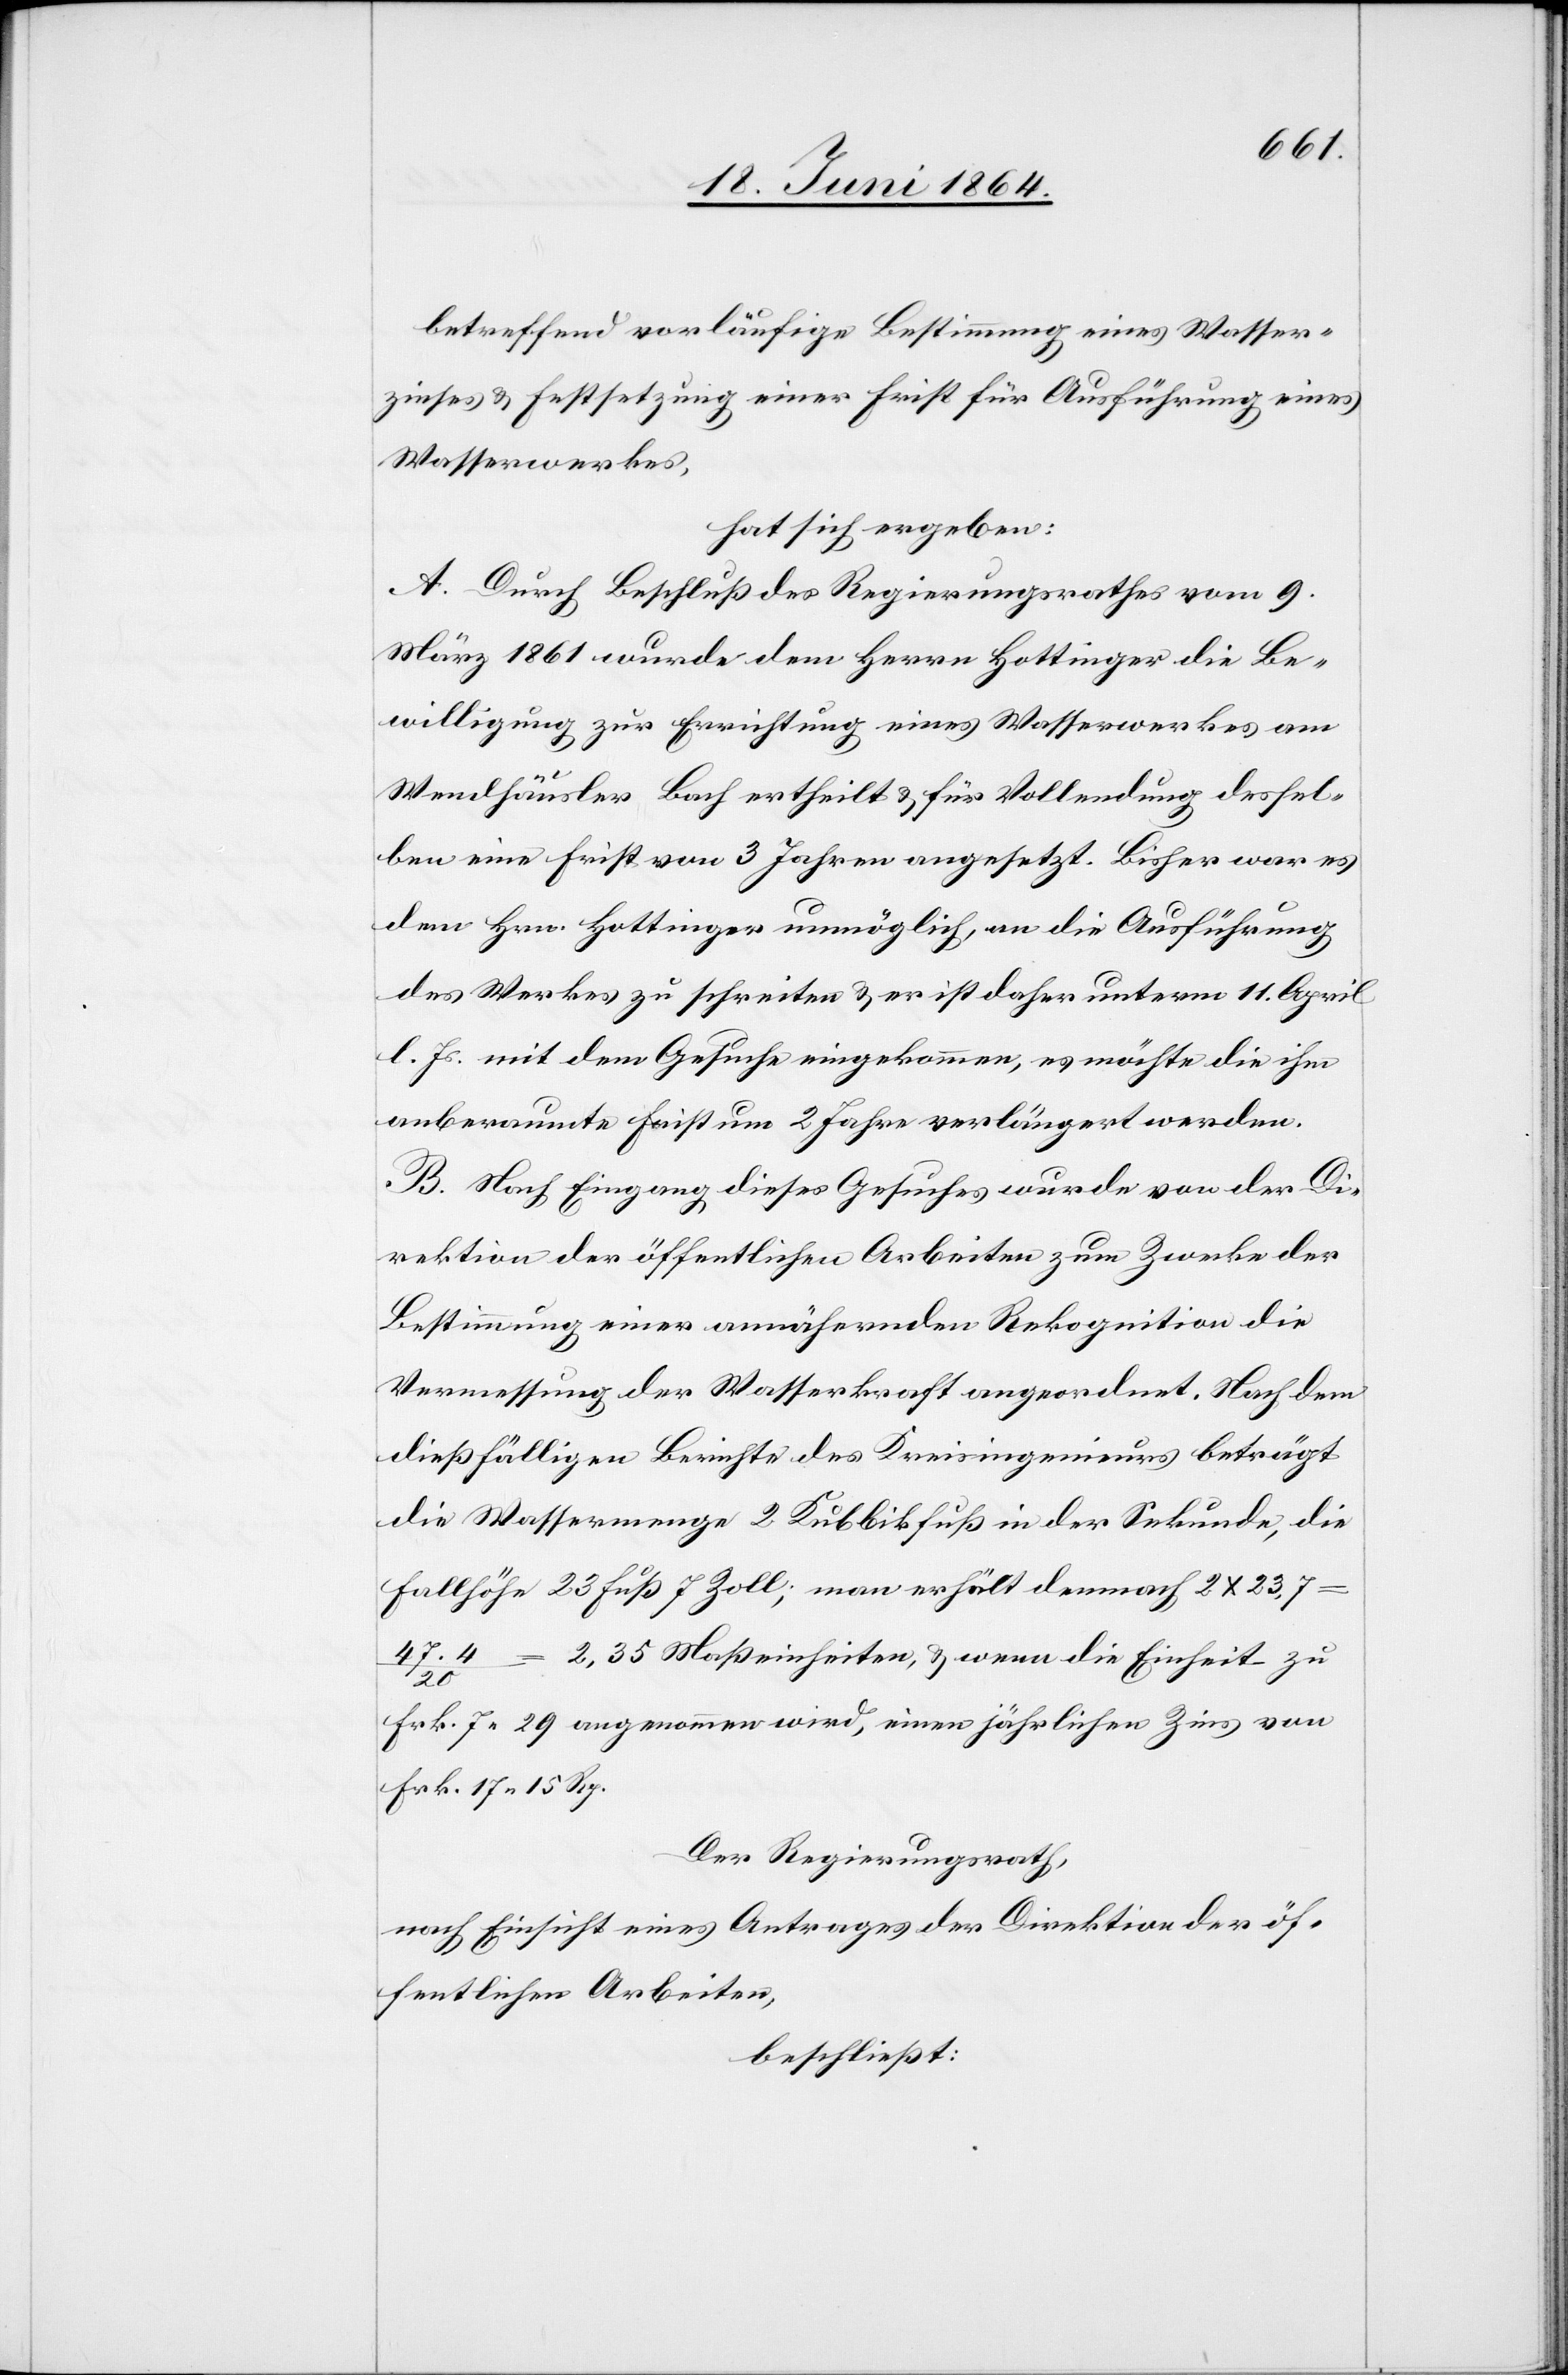
betreffend vorläufige Bestimmung eines Wasser¬
zinses u. Festsetzung einer Frist für Ausführung eines
Wasserwerkes,
hat sich ergeben:
A. Durch Beschluß des Regierungsrathes vom 9.
März 1861 wurde dem Herrn Hottinger die Be¬
willigung zur Errichtung eines Wasserwerkes am
Wendhäusler Bach ertheilt u. für Vollendung dessel¬
ben eine Frist von 3 Jahren angesetzt. Bisher war es
dem Hrn. Hottinger unmöglich, an die Ausführung
des Werkes zu schreiten u. er ist daher unterm 11. April
l. Js. mit dem Gesuche eingekommen, es möchte die ihm
anberaumte Frist um 2 Jahre verlängert werden.
B. Nach Eingang dieses Gesuches wurde von der Di¬
rektion der öffentlichen Arbeiten zum Zwecke der
Bestimmung einer annähernden Rekognition die
Vermessung der Wasserkraft angeordnet. Nach dem
dießfälligen Berichte des Kreisingenieurs beträgt
die Wassermenge 2 Kubbikfuß [sic!] in der Sekunde, die
Fallhöhe 23 Fuß 7 Zoll; man erhält demnach 2 x 23,7
2.35 Maßeinheiten, u. wenn die Einheit zu
Frk. 7 29 angenommen wird, einen jährlichen Zins von
Frk. 17 15 Rp.
Der Regierungsrath,
nach Einsicht eines Antrages der Direktion der öf¬
fentlichen Arbeiten,
beschließt: